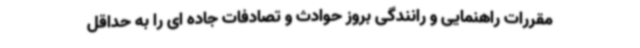
مقررات راهنمایی و رانندگی بروز حوادث و تصادفات جاده ای را به حداقل